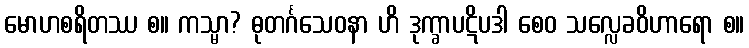
မောဟစရိတဿ စ။ ကသ္မာ? ဓုတင်္ဂသေဝနာ ဟိ ဒုက္ခာပဋိပဒါ စေဝ သလ္လေခဝိဟာရော စ။